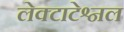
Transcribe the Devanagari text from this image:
लेक्टाटेश्नल